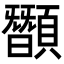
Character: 䫬